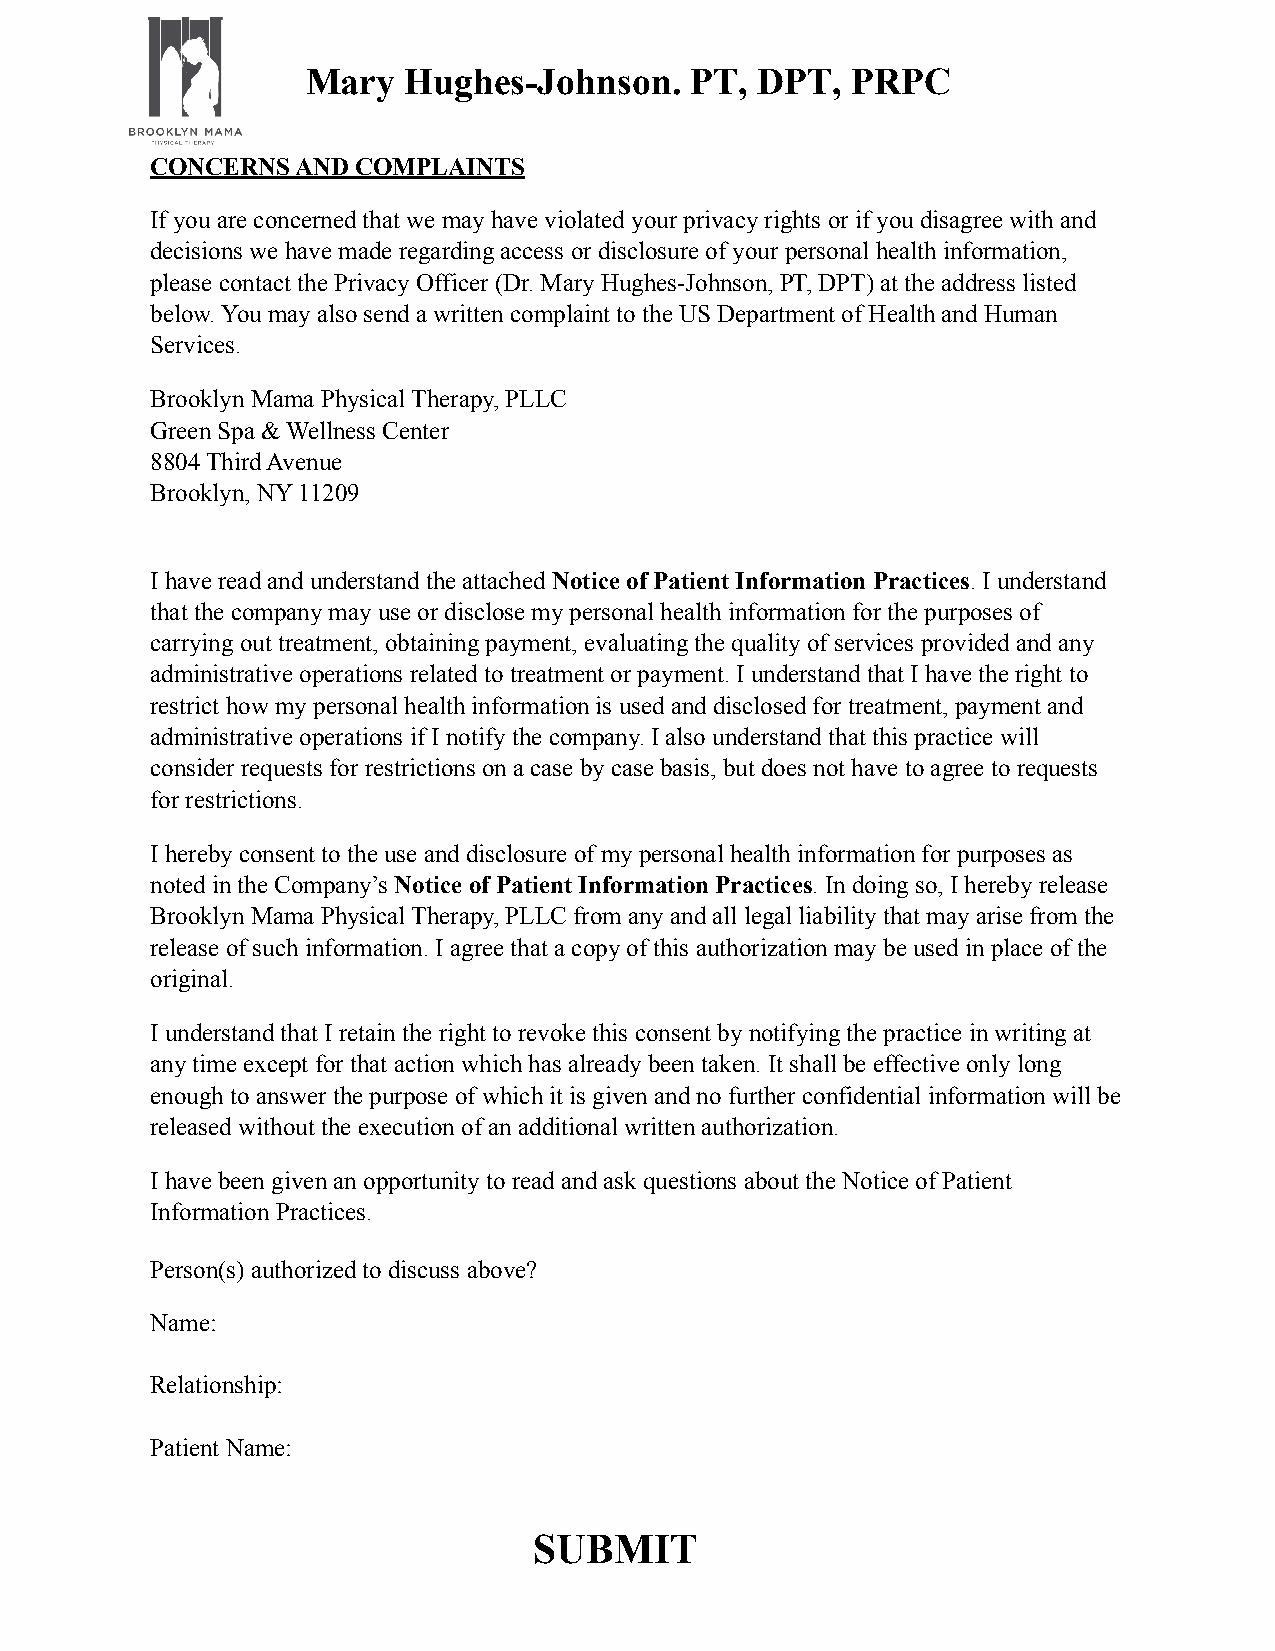
Mary   Hughes-Johnson.    PT, DPT,  PRPC
 CONCERNS  AND COMPLAINTS
 If you are concerned that we may have violated your privacy rights or if you disagree with and
 decisions we have made regarding access or disclosure of your personal health information,
 please contact the Privacy Officer (Dr. Mary Hughes-Johnson, PT, DPT) at the address listed
 below. You may also send a written complaint to the US Department of Health and Human
 Services.
 Brooklyn Mama Physical Therapy, PLLC
 Green Spa & Wellness Center
 8804 Third Avenue
 Brooklyn, NY 11209
 I have read and understand the attached Notice of Patient Information Practices. I understand
 that the company may use or disclose my personal health information for the purposes of
 carrying out treatment, obtaining payment, evaluating the quality of services provided and any
 administrative operations related to treatment or payment. I understand that I have the right to
 restrict how my personal health information is used and disclosed for treatment, payment and
 administrative operations if I notify the company. I also understand that this practice will
 consider requests for restrictions on a case by case basis, but does not have to agree to requests
 for restrictions.
 I hereby consent to the use and disclosure of my personal health information for purposes as
 noted in the Company’s Notice of Patient Information Practices. In doing so, I hereby release
 Brooklyn Mama Physical Therapy, PLLC from any and all legal liability that may arise from the
 release of such information. I agree that a copy of this authorization may be used in place of the
 original.
 I understand that I retain the right to revoke this consent by notifying the practice in writing at
 any time except for that action which has already been taken. It shall be effective only long
 enough to answer the purpose of which it is given and no further confidential information will be
 released without the execution of an additional written authorization.
 I have been given an opportunity to read and ask questions about the Notice of Patient
 Information Practices.
 Person(s) authorized to discuss above?
 Name:
 Relationship:
 Patient Name:
 SUBMIT